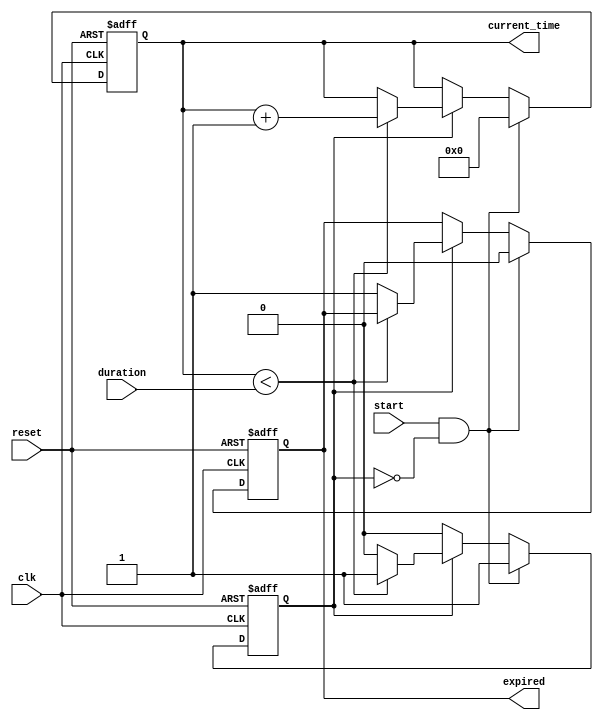
module TimerEventControl (
    input wire clk,              // Clock signal
    input wire start,            // Start signal
    input wire reset,            // Reset signal
    input wire [31:0] duration,  // Time duration in clock cycles
    output reg expired,          // Timer expired signal
    output reg [31:0] current_time // Current time value
);

    // State variable to track if the timer is running
    reg timer_running;

    // Initialization
    initial begin
        expired = 1'b0;
        current_time = 32'b0;
        timer_running = 1'b0;
    end

    // Timer behavior
    always @(posedge clk or posedge reset) begin
        if (reset) begin
            // Reset logic
            current_time <= 32'b0;
            expired <= 1'b0;
            timer_running <= 1'b0;
        end else if (start && !timer_running) begin
            // Start the timer if it is not running
            current_time <= 32'b0; // Reset current time to 0 at start
            expired <= 1'b0;        // Reset expired signal
            timer_running <= 1'b1;  // Set timer running state
        end else if (timer_running) begin
            // Timer operation
            if (current_time < duration) begin
                current_time <= current_time + 1; // Increment current time
            end else begin
                // Timer expired
                expired <= 1'b1; // Assert expired signal
                timer_running <= 1'b0; // Stop the timer
            end
        end
    end

endmodule